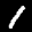
Label: 1